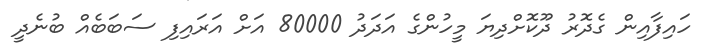
ހައިފާއިން ގެދޮރު ދޫކޮށްދިޔަ މީހުންގެ އަދަދު 80000 އަށް އަރައިފި ސަބަބެއް ބުނެދީ